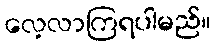
လေ့လာကြရပါမည်။